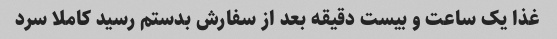
غذا یک ساعت و بیست دقیقه بعد از سفارش بدستم رسید کاملا سرد